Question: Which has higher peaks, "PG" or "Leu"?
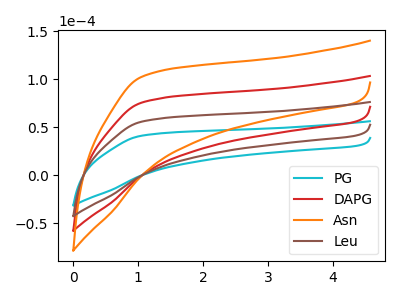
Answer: <think>The cyan curve "PG" has no peaks. The red curve "DAPG" has no peaks. The orange curve "Asn" has no peaks. The brown curve "Leu" has no peaks.</think>
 <answer>Niether CV has any peaks.</answer>
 <eval>blanks</eval>